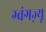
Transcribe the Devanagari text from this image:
ग्वंगज़्यू